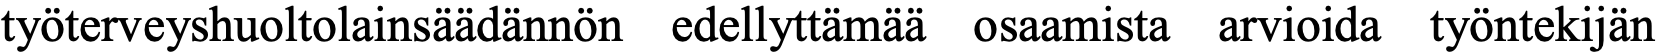
työterveyshuoltolainsäädännön edellyttämää osaamista arvioida työntekijän